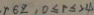
+ 6 z , 0 \leq r \leq 2 4